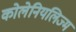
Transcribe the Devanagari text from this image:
कोलेनियलिज्म